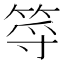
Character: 𥭐